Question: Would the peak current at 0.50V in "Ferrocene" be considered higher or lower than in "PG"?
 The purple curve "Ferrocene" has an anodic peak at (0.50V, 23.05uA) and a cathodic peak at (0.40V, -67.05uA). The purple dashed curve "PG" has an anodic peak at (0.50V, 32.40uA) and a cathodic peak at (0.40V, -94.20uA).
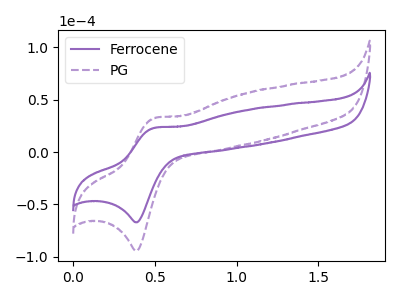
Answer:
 <answer>The peak at 0.50V is lower in "Ferrocene" than in "PG".</answer>
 <eval>lower</eval>